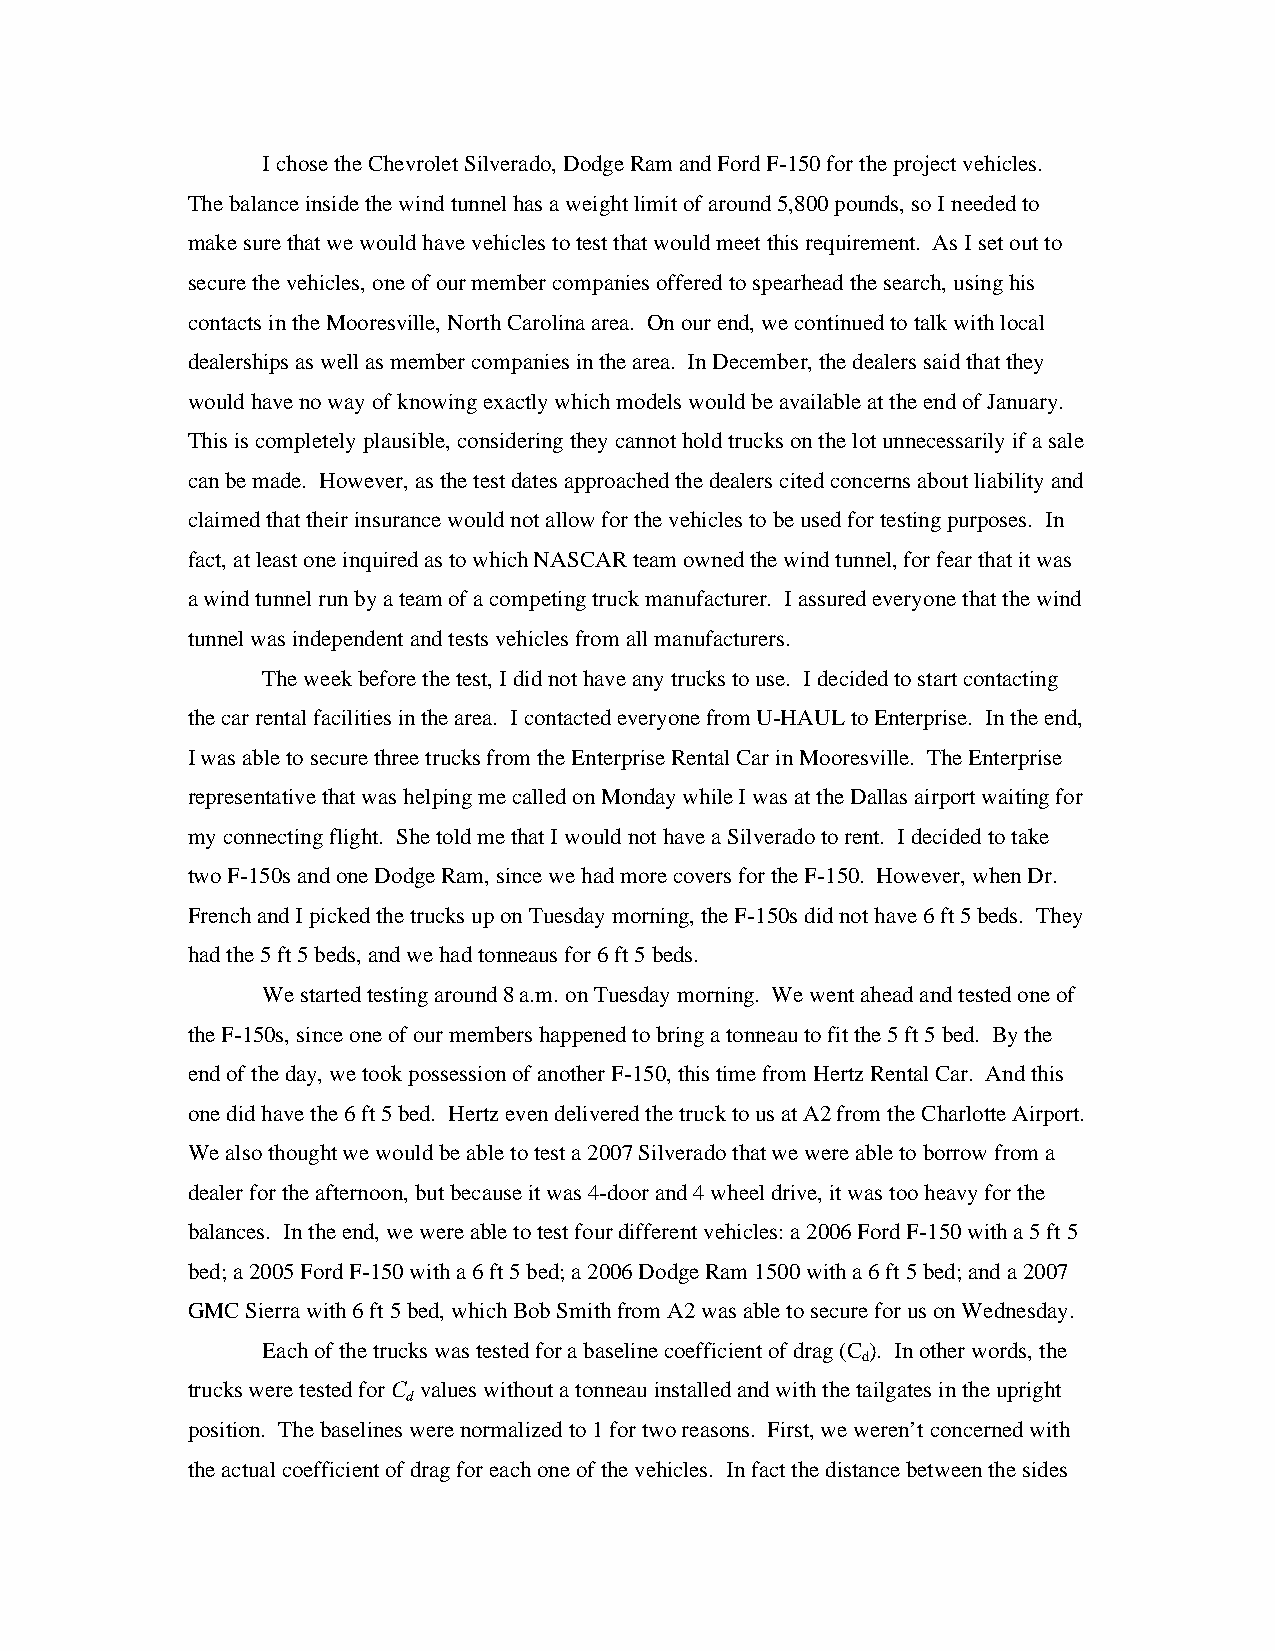
I chose the Chevrolet Silverado, Dodge Ram and Ford F-150 for the project vehicles.
 The balance inside the wind tunnel has a weight limit of around 5,800 pounds, so I needed to
 make sure that we would have vehicles to test that would meet this requirement. As I set out to
 secure the vehicles, one of our member companies offered to spearhead the search, using his
 contacts in the Mooresville, North Carolina area. On our end, we continued to talk with local
 dealerships as well as member companies in the area. In December, the dealers said that they
 would have no way of knowing exactly which models would be available at the end of January.
 This is completely plausible, considering they cannot hold trucks on the lot unnecessarily if a sale
 can be made. However, as the test dates approached the dealers cited concerns about liability and
 claimed that their insurance would not allow for the vehicles to be used for testing purposes. In
 fact, at least one inquired as to which NASCAR team owned the wind tunnel, for fear that it was
 a wind tunnel run by a team of a competing truck manufacturer. I assured everyone that the wind
 tunnel was independent and tests vehicles from all manufacturers.
 The week before the test, I did not have any trucks to use. I decided to start contacting
 the car rental facilities in the area. I contacted everyone from U-HAUL to Enterprise. In the end,
 I was able to secure three trucks from the Enterprise Rental Car in Mooresville. The Enterprise
 representative that was helping me called on Monday while I was at the Dallas airport waiting for
 my connecting flight. She told me that I would not have a Silverado to rent. I decided to take
 two F-150s and one Dodge Ram, since we had more covers for the F-150. However, when Dr.
 French and I picked the trucks up on Tuesday morning, the F-150s did not have 6 ft 5 beds. They
 had the 5 ft 5 beds, and we had tonneaus for 6 ft 5 beds.
 We started testing around 8 a.m. on Tuesday morning. We went ahead and tested one of
 the F-150s, since one of our members happened to bring a tonneau to fit the 5 ft 5 bed. By the
 end of the day, we took possession of another F-150, this time from Hertz Rental Car. And this
 one did have the 6 ft 5 bed. Hertz even delivered the truck to us at A2 from the Charlotte Airport.
 We also thought we would be able to test a 2007 Silverado that we were able to borrow from a
 dealer for the afternoon, but because it was 4-door and 4 wheel drive, it was too heavy for the
 balances. In the end, we were able to test four different vehicles: a 2006 Ford F-150 with a 5 ft 5
 bed; a 2005 Ford F-150 with a 6 ft 5 bed; a 2006 Dodge Ram 1500 with a 6 ft 5 bed; and a 2007
 GMC Sierra with 6 ft 5 bed, which Bob Smith from A2 was able to secure for us on Wednesday.
 Each of the trucks was tested for a baseline coefficient of drag (C ). In other words, the
 d
 trucks were tested for C values without a tonneau installed and with the tailgates in the upright
 d
 position. The baselines were normalized to 1 for two reasons. First, we weren’t concerned with
 the actual coefficient of drag for each one of the vehicles. In fact the distance between the sides